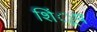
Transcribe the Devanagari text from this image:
शिं्रप